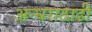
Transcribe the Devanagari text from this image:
अन्धराठाढी